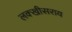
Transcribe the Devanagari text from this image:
लक्‍खीसराय